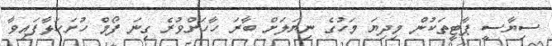
ސިޔާސީ ޕާޓީތަކުން މިދިޔަ މަހުގެ ނިޔަލަށް ބާރަ ހާހަށްވުރެ ގިނަ ފޯމް ހުށަހަޅާފައިވާ